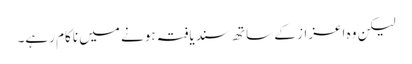
لیکن وہ اعزاز کے ساتھ سندیافتہ ہونے میں ناکام رہے۔